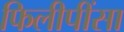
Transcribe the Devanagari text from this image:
फिलीपींसा